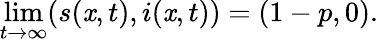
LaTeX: \operatorname*{lim}_{t\rightarrow\infty}(s(\mathit{x},t),i(\mathit{x},t))=(1-p,0).